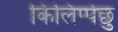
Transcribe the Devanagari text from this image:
किलिप्पेछु